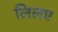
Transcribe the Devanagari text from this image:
लिलए